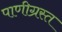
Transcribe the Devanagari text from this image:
पाणीग्रस्त